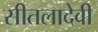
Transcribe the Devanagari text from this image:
सीतलादेवी